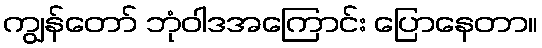
ကျွန်တော် ဘုံဝါဒအကြောင်း ပြောနေတာ။